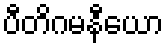
ပီတိဂမနီယော